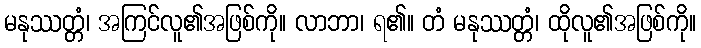
မနုဿတ္တံ၊ အကြင်လူ၏အဖြစ်ကို။ လာဘာ၊ ရ၏။ တံ မနုဿတ္တံ၊ ထိုလူ၏အဖြစ်ကို။